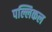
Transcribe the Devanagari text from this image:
पल्लिकल